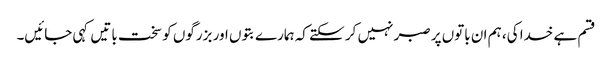
قسم ہے خدا کی، ہم ان باتوں پر صبر نہیں کر سکتے کہ ہمارے بتوں اور بزرگوں کو سخت باتیں کہی جائیں۔